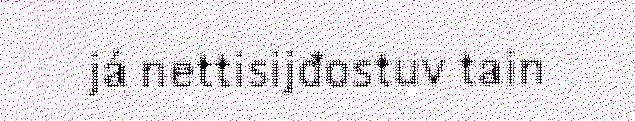
já nettisijđostuv tain